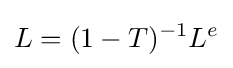
L=(1-T)^{-1}L^{e}